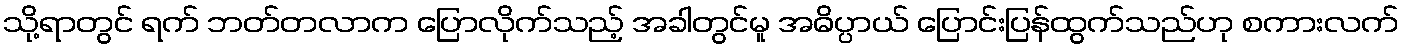
သို့ရာတွင် ရက် ဘတ်တလာက ပြောလိုက်သည့် အခါတွင်မူ အဓိပ္ပာယ် ပြောင်းပြန်ထွက်သည်ဟု စကားလက်